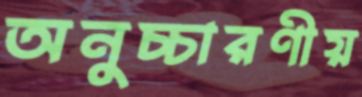
অনুচ্চারণীয়